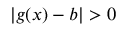
| g ( x ) - b | > 0